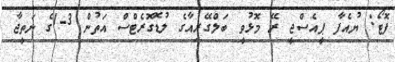
ފޮޓޯ: ޔުއެފާ ޕީއެސްޖީ ރޭ މޮޅުވީ ބަލްގޭރިއާގެ ލުޑޮގޮރެޓްސް އަތުން 3-1ގެ ނަތީޖާ